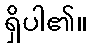
ရှိပါ၏။